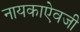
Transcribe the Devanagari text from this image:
नायकाऐवजी